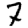
Digit: 7